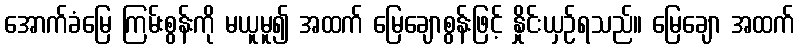
အောက်ခံမြေ ကြမ်းစွန်းကို မယူမူ၍ အထက် မြေချောစွန်းဖြင့် နှိုင်းယှဉ်ရသည်။ မြေချော အထက်